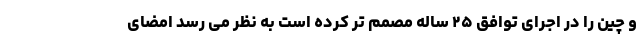
و چین را در اجرای توافق ۲۵ ساله مصمم تر کرده است به نظر می رسد امضای